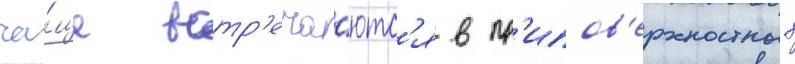
ча́ще встр'еча́ютс'я в пр'ипов'ерхностных